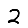
Digit: 2